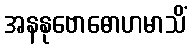
အနနုဗောဓောဟမာသိံ